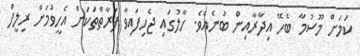
ކަމަށް މޫސުމާ ބެހޭ އިދާރާއިން ބުނެއެވެ. ހާލުގައި ޖެހިފައިވާ ފަރާތްތަކަށް އެހީވުމަށް ރިލީފް